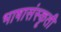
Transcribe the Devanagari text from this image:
भाषासंस्कृती